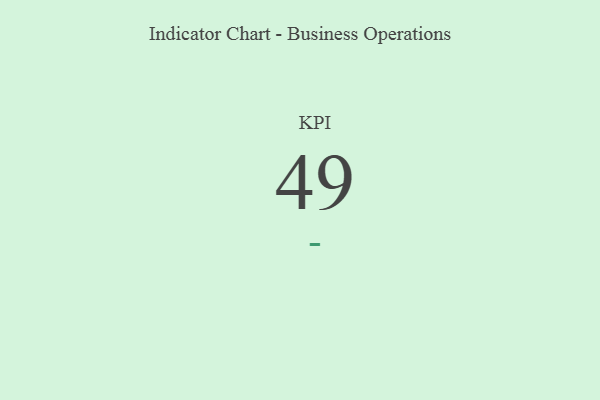
{"axis": {"x": "KPI", "y": "Value"}, "legend": [""], "data": [{"x": "KPI", "y": 49, "type": ""}]}